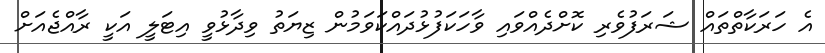
އެ ހަރަކާތްތައް ޝަރަފުވެރި ކޮށްދެއްވައި ވާހަކަފުޅުދައްކަވަމުން ޒިޔަތު ވިދާޅުވީ އިޓަލީ އަކީ ރާއްޖެއަށް